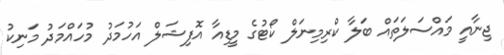
ޖިނާއީ މައްސަލަތައް ބަލާ ކްރިމިނަލް ކޯޓުގެ މީޑިއާ އޮފިޝަލް އަހުމަދު މުހައްމަދު މަނިކު